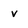
Character: v